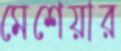
মেশেয়ার